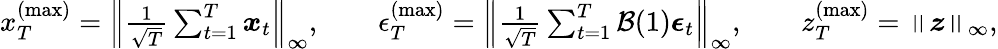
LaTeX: \begin{array}{r}{x_{T}^{(\operatorname*{max})}=\left\lVert\frac{1}{\sqrt{T}}\sum_{t=1}^{T}\boldsymbol{x}_{t}\right\rVert_{\infty},\qquad\epsilon_{T}^{(\operatorname*{max})}=\left\lVert\frac{1}{\sqrt{T}}\sum_{t=1}^{T}\mathcal{B}(1)\boldsymbol{\epsilon}_{t}\right\rVert_{\infty},\qquad z_{T}^{(\operatorname*{max})}=\left\lVert\boldsymbol{z}\right\rVert_{\infty},}\end{array}